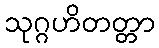
သုဂ္ဂဟိတတ္တာ